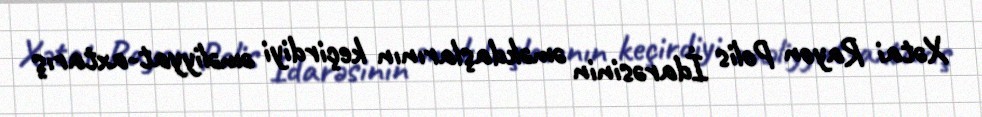
Xətai Rayon Polis İdarəsinin əməkdaşlarının keçirdiyi əməliyyat-axtarış